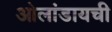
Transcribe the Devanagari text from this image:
ओलांडायची